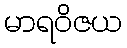
မာရဝိဇယ